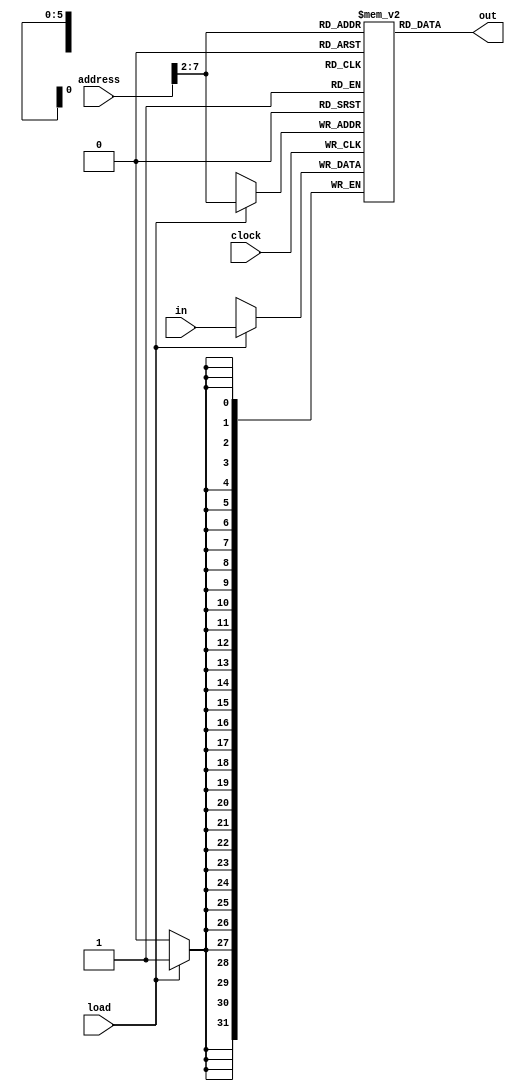
module RAM(in, address, load, out, clock);
    input [31:0] in, address;
    input load, clock;
    output [31:0] out;

    reg [31:0] mem [63:0];

    always @(posedge clock) begin
        if(load) mem[address[31:2]] = in;
    end

    assign out = mem[address[31:2]];

    integer i;
    initial begin
        for(i = 0; i < 64; i = i + 1)
            mem[i] = 32'h00000000;
    end
endmodule